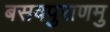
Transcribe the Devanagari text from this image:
बसवपुराणमु